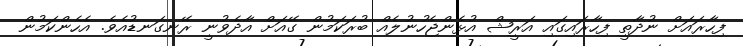
ފިހާރައަށް ނުދާތީ ފިހާރައިގައި އަރީޝް އުޅެންޖެހުނުލެއް ބުރަކަމުން ގޭއަށް އާދެވުނީ ރޭނގަނޑުއެވެ. އެހެންކަމުން